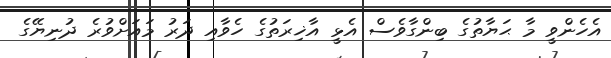
އެހެންވީ މާ ޙަޔާތުގެ ބިންގާވެސް އެޅީ އާޚިރަތުގެ ހެވާއި ދަރު މައަށްވުރެ ދުނިޔޭގެ